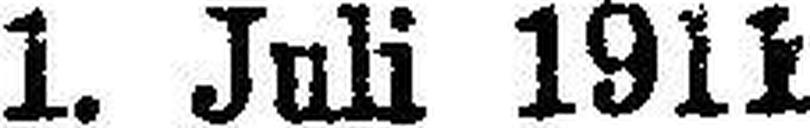
1. Juli 1911